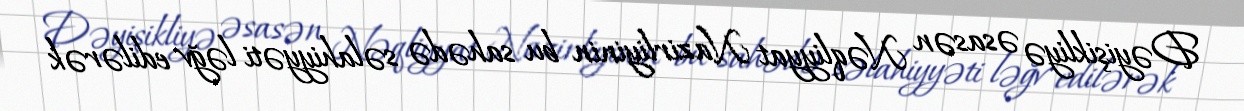
Dəyişikliyə əsasən Nəqliyyat Nazirliyinin bu sahədə səlahiyyəti ləğv edilərək